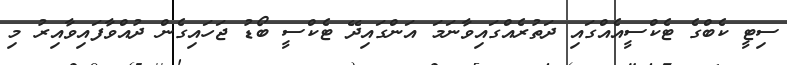
ސިޓީ ކެބްގެ ޓެކްސީއެއްގައި ދަތުރެއްގައިވާނަމަ އަންގައިދޭ ޓެކްސީ ބޯޑު ޖަހައިގެން ދުއްވާފައިވާއިރު މި